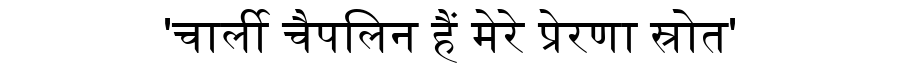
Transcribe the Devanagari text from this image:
'चार्ली चैपलिन हैं मेरे प्रेरणा स्रोत'